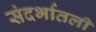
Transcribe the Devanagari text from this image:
संदर्भातली